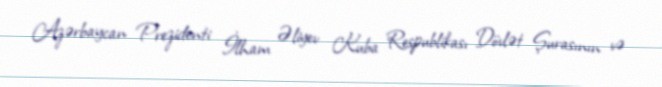
Azərbaycan Prezidenti İlham Əliyev Kuba Respublikası Dövlət Şurasının və